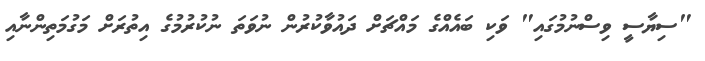
"ސިޔާސީ ވިސްނުމުގައި" ވަކި ބައެއްގެ މައްޗަށް ދައުވާކުރުން ނުވަތަ ނުކުރުމުގެ އިތުރަށް މަގުމަތިންނާއި